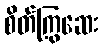
စိတ်ကြွဆေး